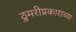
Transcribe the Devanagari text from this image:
ठुमरीप्रकाराच्या